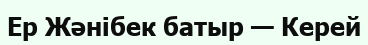
Ер Жәнібек батыр — Керей